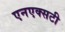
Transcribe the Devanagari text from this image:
एनएक्सटी